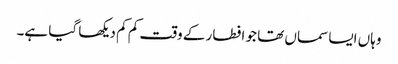
وہاں ایسا سماں تھا جو افطار کے وقت کم کم دیکھا گیا ہے۔